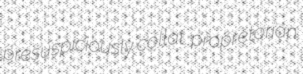
presuspiciously collat. propretorian